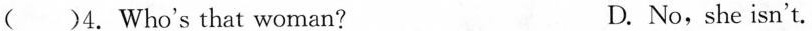
( )4. Who's that woman? D. No,she isn't.